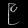
Digit: ၉